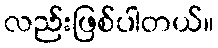
လည်းဖြစ်ပါတယ်။